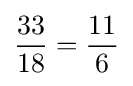
{\frac {33}{18}}={\frac {11}{6}}